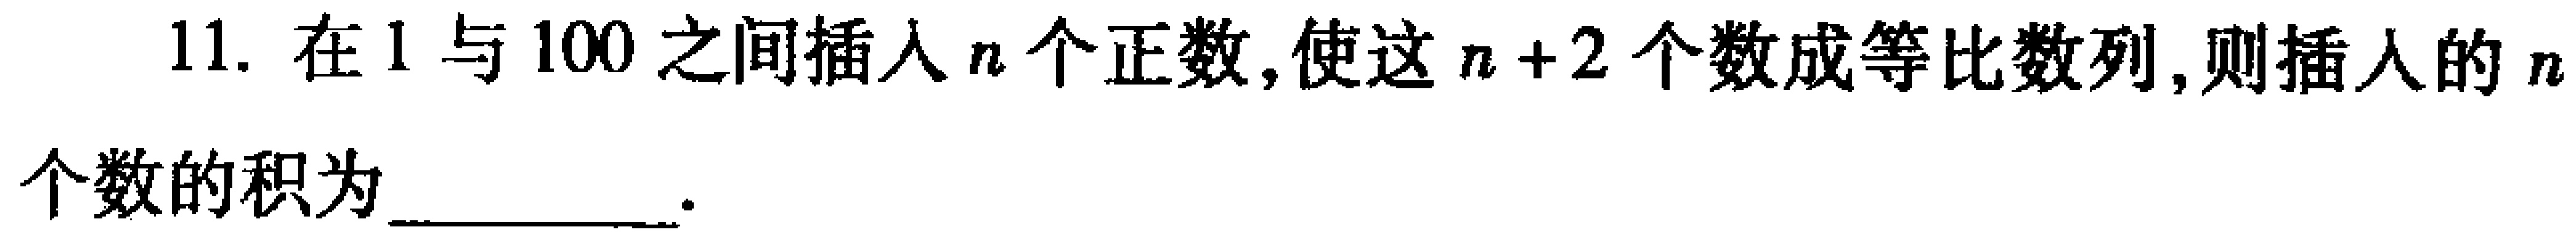
11. 在\(1\)与\(100\)之间插入\(n\)个正数, 使这\(n + 2\)个数成等比数列, 则插入的\(n\)个数的积为 __________ 。